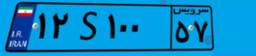
۹۲S۵۱۳۴۸